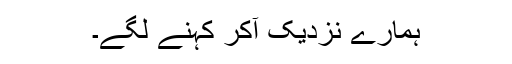
ہمارے نزدیک آکر کہنے لگے۔